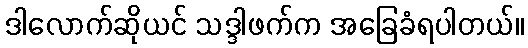
ဒါလောက်ဆိုယင် သဒ္ဒါဖက်က အခြေခံရပါတယ်။